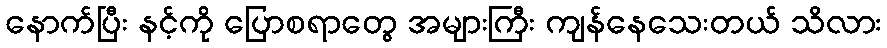
နောက်ပြီး နင့်ကို ပြောစရာတွေ အများကြီး ကျန်နေသေးတယ် သိလား